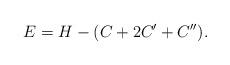
LaTeX: \begin{align*}E = H - (C+2C'+C'').\end{align*}